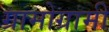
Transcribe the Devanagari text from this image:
ग्रामोग्रामी